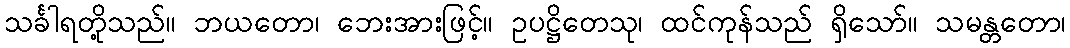
သင်္ခါရတို့သည်။ ဘယတော၊ ဘေးအားဖြင့်။ ဥပဋ္ဌိတေသု၊ ထင်ကုန်သည် ရှိသော်။ သမန္တတော၊